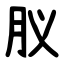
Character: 肞